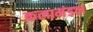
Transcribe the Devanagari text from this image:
कलामंडल